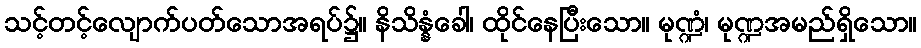
သင့်တင့်လျောက်ပတ်သောအရပ်၌။ နိသိန္နံခေါ၊ ထိုင်နေပြီးသော။ မုဏ္ဍံ၊ မုဏ္ဍအမည်ရှိသော။